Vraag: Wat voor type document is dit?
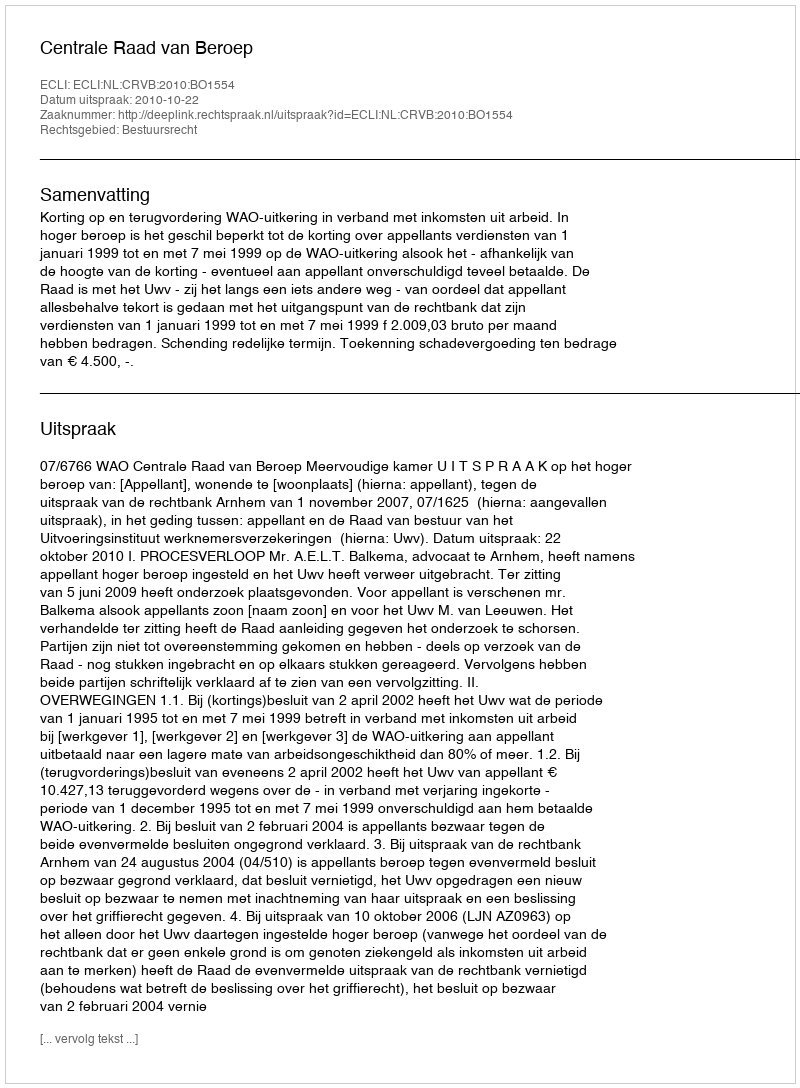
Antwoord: Uitspraak